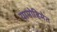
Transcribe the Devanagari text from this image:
यामोहिमेत